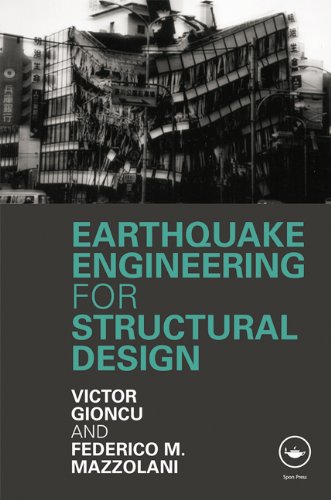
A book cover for Earthquake Engineering for Structural Design; Victor Gioncu; Science & Math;